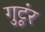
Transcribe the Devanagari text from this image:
गुटूंर